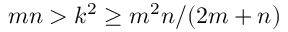
m n > k ^ { 2 } \geq m ^ { 2 } n / ( 2 m + n )